Calcutta medical institutions reports 1871-78
Year: 1871
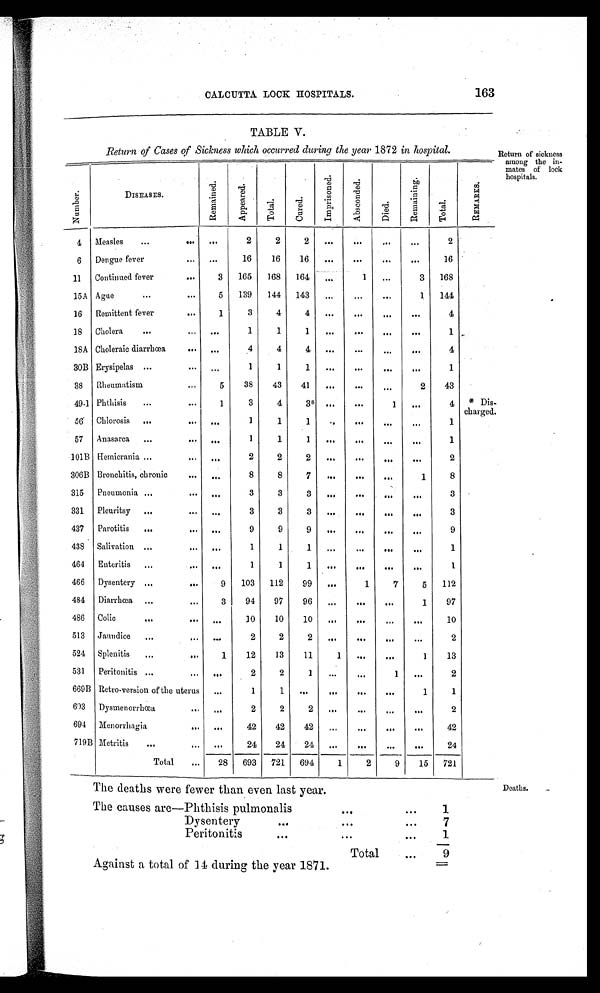
CALCUTTA LOCK HOSPITALS.
163
TABLE V.
Return of Cases of Sickness which occurred during the year 1872 in hospital.
N u m b e r
DISEASES
R e m a i n e d .
A p p e a r e d .
T o t a l .
C u r e d .
I m p r i s o n e d .
A b s c o n d e d .
D i e d .
R e m a i n i n g .
T o t a l .
R E M A R K S .
4 Measles
. . .
2
2
2
...
...
. . .
. . .
2
6
Dengue fever
. . .
16
16
16
...
. . .
. . .
. . .
16
11
Continued fever
3
165
168
164
. . .
1
...
3
168
15A Ague
5
139
144
143
...
...
...
1
144
16
Remittent fever
1
3
4
4
...
. . .
...
. . .
4
18
Cholera
...
1
1
1
...
. . .
. . .
...
1
18A Choleraic diarrhœa
. . .
4
4
4
...
. . .
. . .
...
4
30B Erysipelas
...
1
1
1
...
. . .
. . .
...
1
38
Rheumatism
5
38
43
41
...
. . .
. . .
2
43
49-1 Phthisis
1
3
4
3 *
...
. . .
1
. . .
4
* Dis-
charged.
56
Chlorosis
. . .
1
1
1
. . .
. . .
. . .
. . .
1
57
Anasarca
. . .
1
1
1
...
. . .
. . .
. . .
1
101B Hemicrania
...
2
2
2
...
. . .
. . .
. . .
2
306B Bronchitis, chronic
. . .
8
8
7
. . .
. . .
. . .
1
8
315
Pneumonia
. . .
3
3
3
. . .
. . .
. . .
...
3
331
Pleuritsy
...
3
3
3
. . .
. . .
...
...
3
437
Parotitis
. . .
9
9
9
. . .
. . .
. . .
...
9
438
Salivation
. . .
1
1
1
...
. . .
. . .
... .
1
464
Enteritis
. . .
1
1
1
. . .
. . .
. . .
...
1
466
Dysentery
9
103
112
99
...
1
7
5
112
481
Diarrhœ
3
94
97
96
... ... ...
1
97
486
Colic
...
10
10
10
... ... ...
...
10
513
Jaundice
...
2
2
2
... ... ... ...
2
524
Splenitis
1
12
13
11
1
... ...
1
13
531
Peritonitis
...
2
2
1
... ...
1
...
2
669B Retro-version of the uterus
...
1
1
... ... ... ...
1
1
693
Dysmenorrhœa
...
2
2
2
... ... ... ...
2
694
Menorrhagia
...
42
42
42
... ... ... ...
42
719B Metritis
...
24
24
24
...
... ... ...
24
Total
28
693
721
694
1
2
9
15
721
Return of sickness
among the in
-mates of lock
hospitals.
The deaths were fewer than even last year.
The causes are—Phthisis pulmonalis
1
Dysentery
7
Peritonitis
1
Total
9
Against a total of 14 during the year 1871.
Deaths.